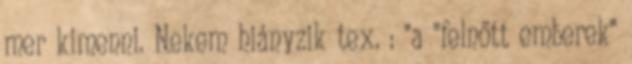
mer kimenni. Nekem hiányzik tex. : "a "felnőtt emberek"